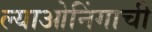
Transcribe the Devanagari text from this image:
ल्याओनिंगाची